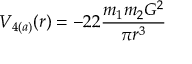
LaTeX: V _ { 4 ( a ) } ( r ) = - 2 2 \frac { m _ { 1 } m _ { 2 } G ^ { 2 } } { \pi r ^ { 3 } }